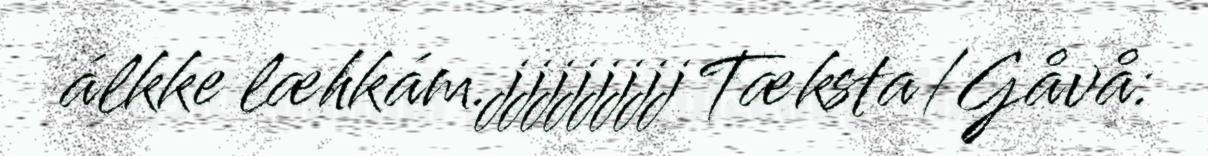
álkke læhkám.jjjjjjjj Tæksta/Gåvå: